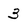
Character: 3